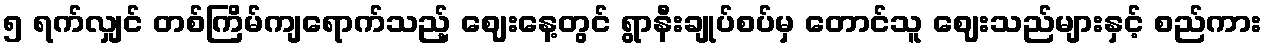
၅ ရက်လျှင် တစ်ကြိမ်ကျရောက်သည့် ဈေးနေ့တွင် ရွာနီးချုပ်စပ်မှ တောင်သူ ဈေးသည်များနှင့် စည်ကား